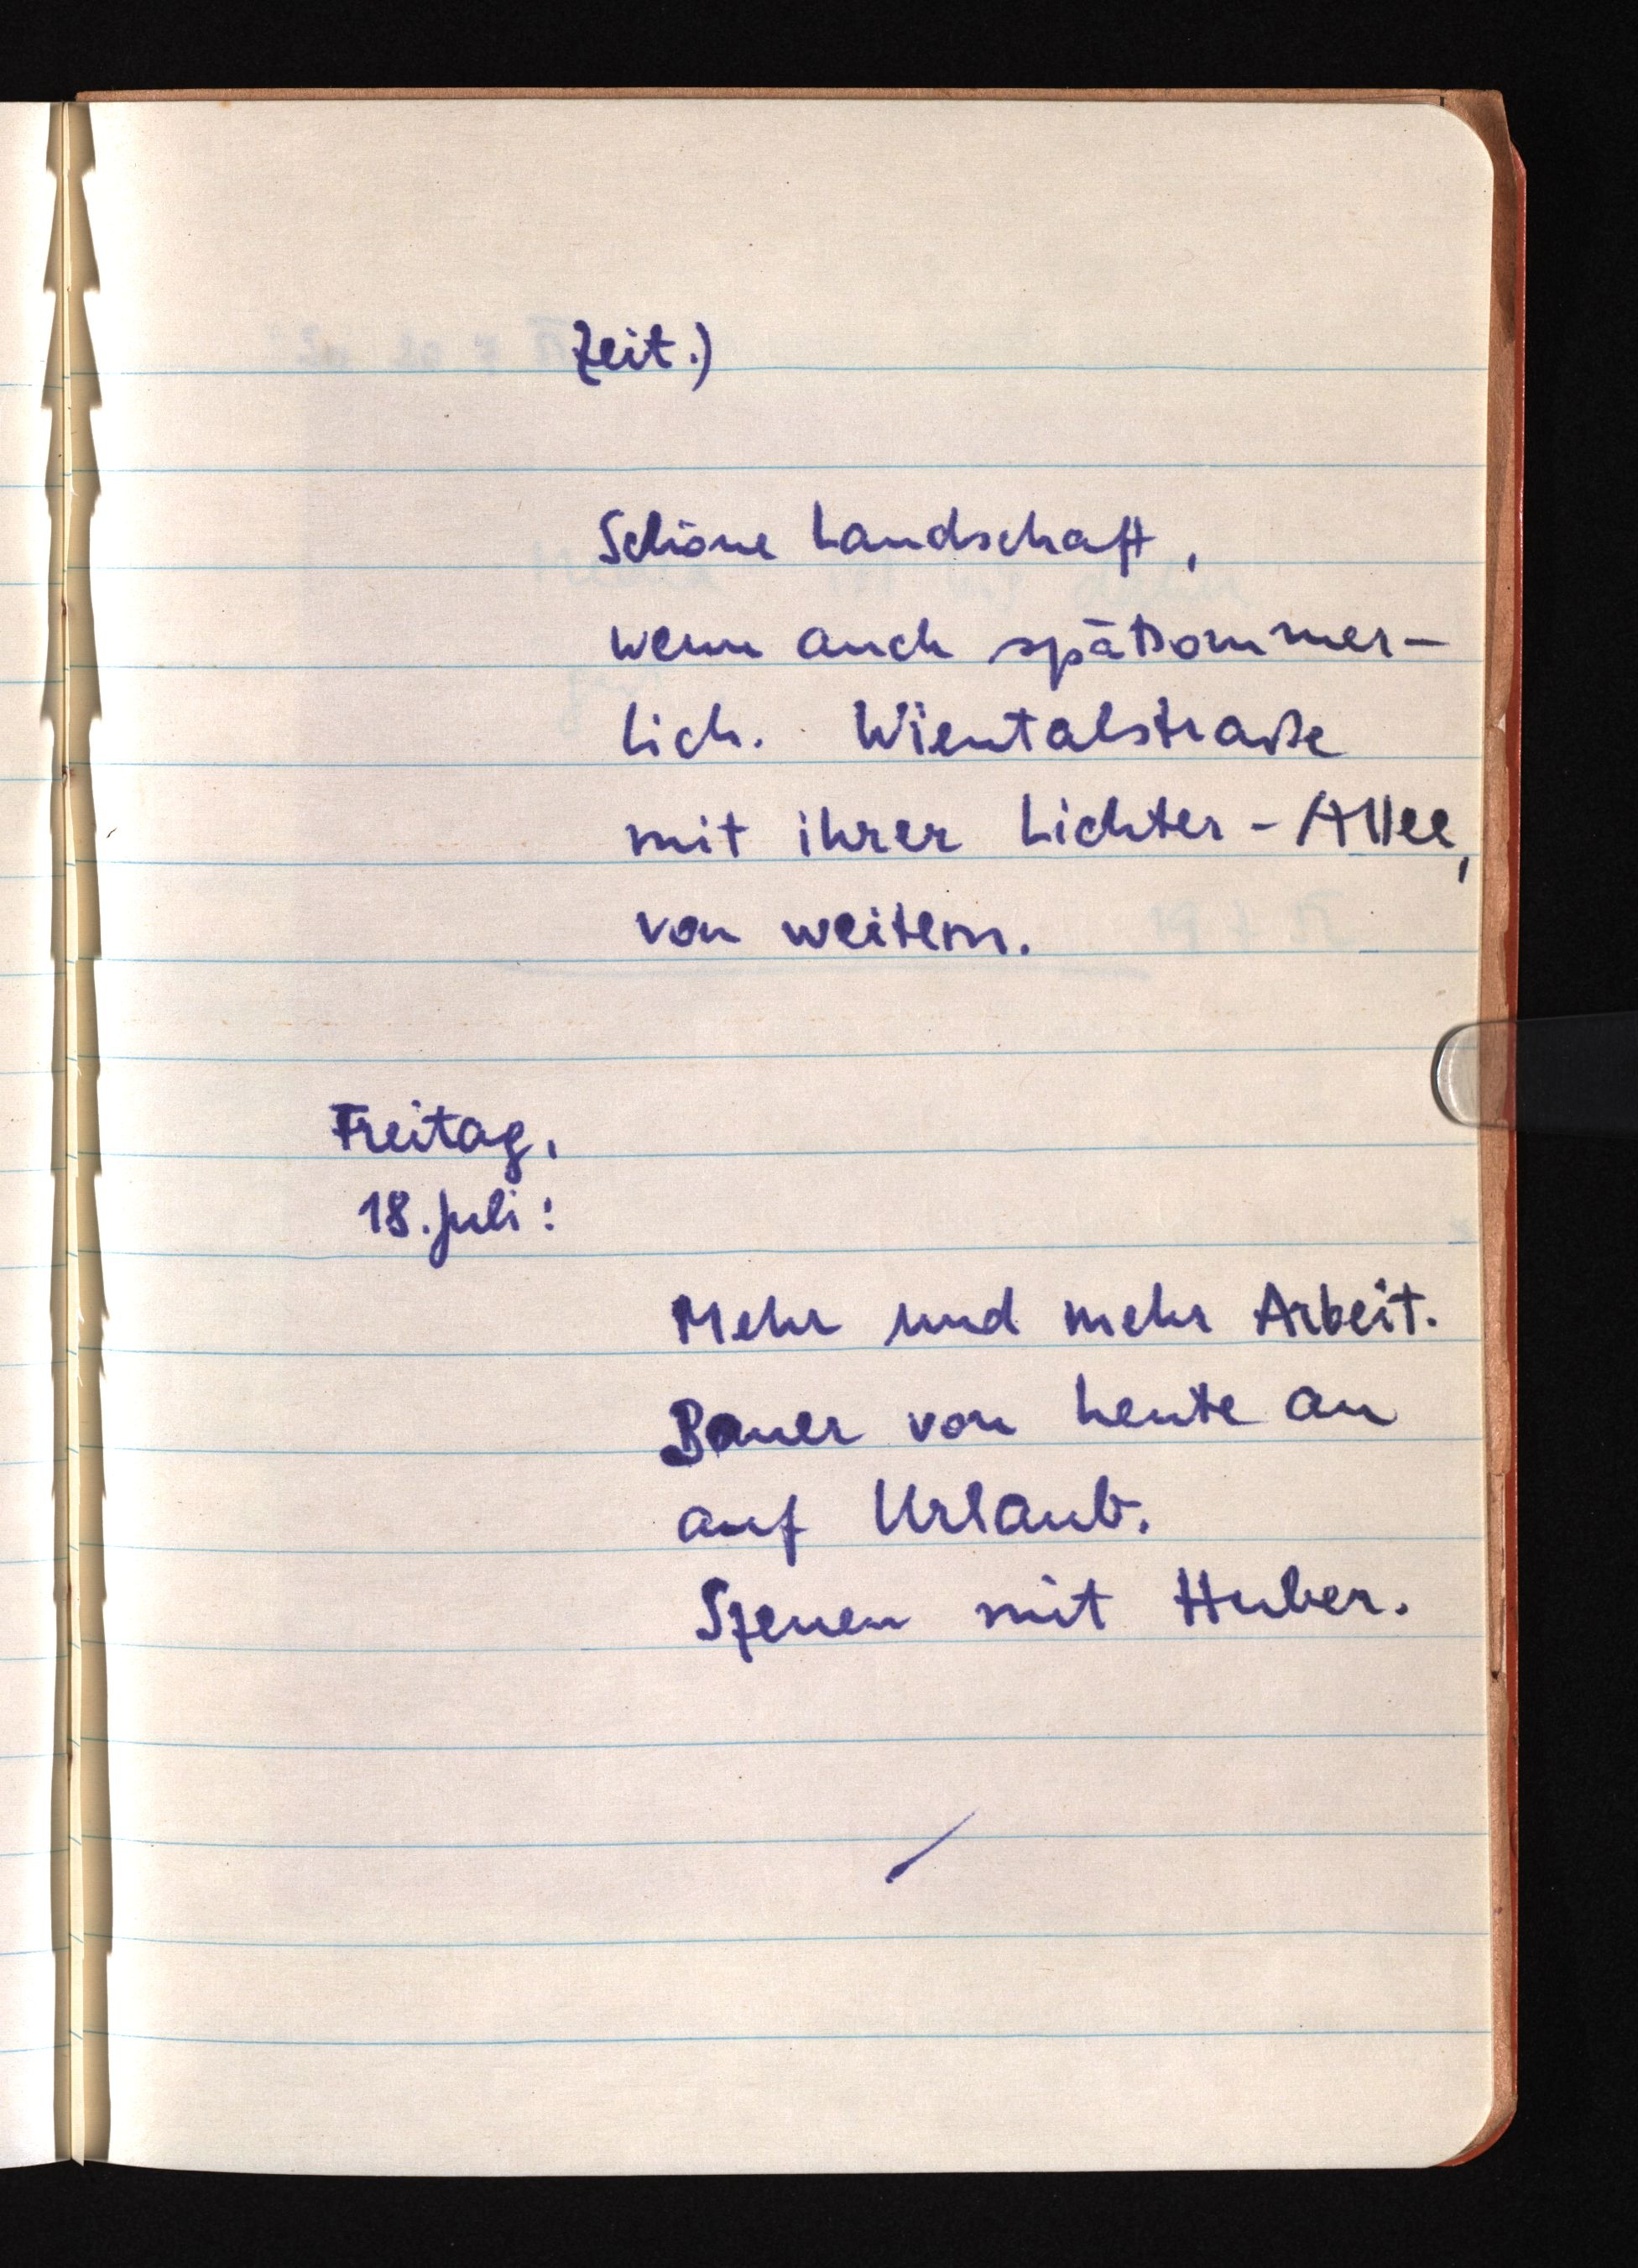
Zeit.)
Schöne Landschaft,
wenn auch spätsommer¬
lich. Wientalstraße
mit ihrer Lichter-Allee,
von weitem.
Freitag,
18. Juli:
Mehr und mehr Arbeit.
Bauer von heute an
auf Urlaub.
Szenen mit Huber.